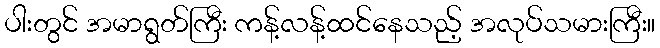
ပါးတွင် အမာရွတ်ကြီး ကန့်လန့်ထင်နေသည့် အလုပ်သမားကြီး။